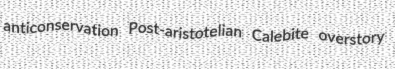
anticonservation Post-aristotelian Calebite overstory